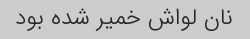
نان لواش خمیر شده بود